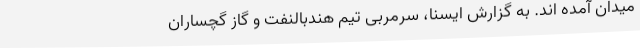
میدان آمده اند. به گزارش ایسنا، سرمربی تیم هندبالنفت و گاز گچساران